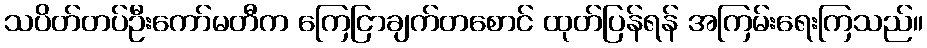
သပိတ်တပ်ဦးကော်မတီက ကြေငြာချက်တစောင် ထုတ်ပြန်ရန် အကြမ်းရေးကြသည်။